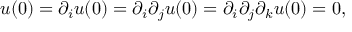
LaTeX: u ( 0 ) = \partial _ { i } u ( 0 ) = \partial _ { i } \partial _ { j } u ( 0 ) = \partial _ { i } \partial _ { j } \partial _ { k } u ( 0 ) = 0 ,